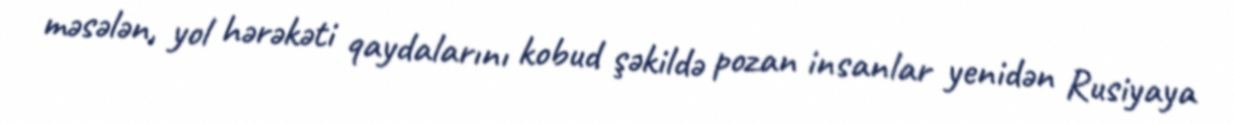
məsələn, yol hərəkəti qaydalarını kobud şəkildə pozan insanlar yenidən Rusiyaya